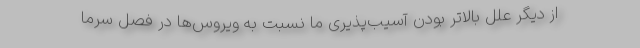
از دیگر علل بالاتر بودن آسیب‌پذیری ما نسبت به ویروس‌ها در فصل سرما